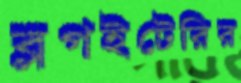
ব্লগইটেরির